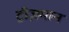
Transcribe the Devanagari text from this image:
ट्रीज़मान